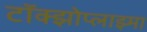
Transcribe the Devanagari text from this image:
टॉक्झोप्लाझ्मा